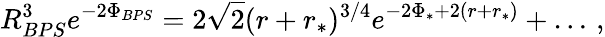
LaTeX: R_{BPS}^{3}e^{-2\Phi_{BPS}}=2\sqrt{2}(r+r_{*})^{3/4}e^{-2\Phi_{*}+2(r+r_{*})}+\ldots\, ,